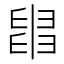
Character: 𦦀